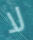
لا